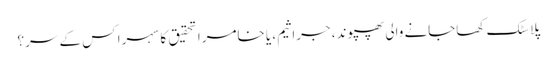
پلاسٹک کھاجانے والی پھپوند، جراثیم، یا خامرا تحقیق کا سہرا کس کے سر؟